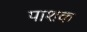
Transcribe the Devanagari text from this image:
पाशक